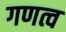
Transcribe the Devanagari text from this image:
गणत्व